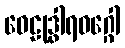
ဝေဠုဒွါရဝဂ္ဂေါ